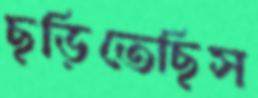
ছড়িতেছিস